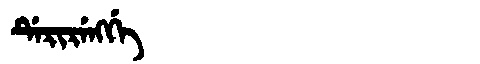
Manchu: ᡩᡝᡵᡳᡵᡝᠩᡤᡝ
Romanization: DERIRENGGE